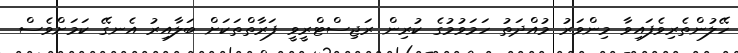
ހޭލުންތެރިވެފައިވާ މިންވަރު މުއްދަތު ހަމަވުމުގެ ކުރިން ރަޖިސްޓްރީވީ ފަރާތްތަކަށް ބަލާއިރު އެނގޭ ކަމަށްވެސް